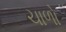
ચાળો